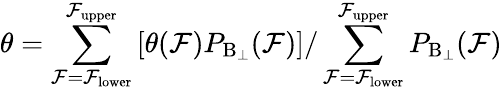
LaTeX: \theta=\sum_{\mathcal{F}=\mathcal{F}_{\mathrm{{lower}}}}^{\mathcal{F}_{\mathrm{{upper}}}}\left[\theta(\mathcal{F})P_{\mathrm{{B_{\perp}}}}(\mathcal{F})\right]/\sum_{\mathcal{F}=\mathcal{F}_{\mathrm{{lower}}}}^{\mathcal{F}_{\mathrm{{upper}}}}P_{\mathrm{{B_{\perp}}}}(\mathcal{F})